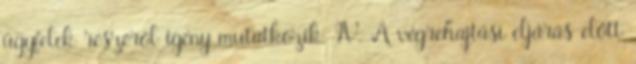
ügyfelek részéről igény mutatkozik. IV. A végrehajtási eljárás előtt